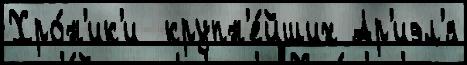
Хро́н'ик'и  крупн'е́йших Ар'иэл'я